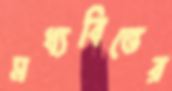
মধ্যবিত্তের